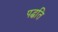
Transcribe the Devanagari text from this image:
पद्घति